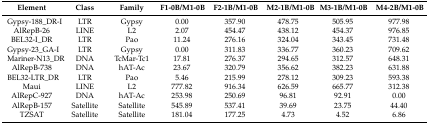
| Element | Class | Family | F1-0B/M1-0B | F2-1B/M1-0B | M2-1B/M1-0B | M3-1B/M1-0B | M4-2B/M1-0B |
 | --- | --- | --- | --- | --- | --- | --- | --- |
 | Gypsy-188_DR-I | LTR | Gypsy | 0.00 | 357.90 | 478.75 | 505.95 | 977.98 |
 | AlRepB-26 | LINE | L2 | 2.07 | 454.47 | 438.12 | 454.37 | 976.85 |
 | BEL32-I_DR | LTR | Pao | 11.24 | 276.16 | 324.04 | 343.45 | 731.48 |
 | Gypsy-23_GA-I | LTR | Gypsy | 0.00 | 311.83 | 336.77 | 360.23 | 709.62 |
 | Mariner-N13_DR | DNA | TcMar-Tc1 | 17.81 | 276.37 | 294.65 | 312.57 | 648.31 |
 | AlRepB-738 | DNA | hAT-Ac | 23.67 | 320.79 | 356.62 | 382.23 | 631.88 |
 | BEL32-LTR_DR | LTR | Pao | 5.46 | 215.99 | 278.12 | 309.23 | 593.38 |
 | Maui | LINE | L2 | 777.82 | 916.34 | 626.59 | 665.77 | 312.38 |
 | AlRepC-927 | DNA | hAT-Ac | 253.98 | 250.69 | 96.81 | 92.91 | 0.00 |
 | AlRepB-157 | Satellite | Satellite | 545.89 | 537.41 | 39.69 | 23.75 | 44.40 |
 | TZSAT | Satellite | Satellite | 181.04 | 177.25 | 4.73 | 4.52 | 6.86 |